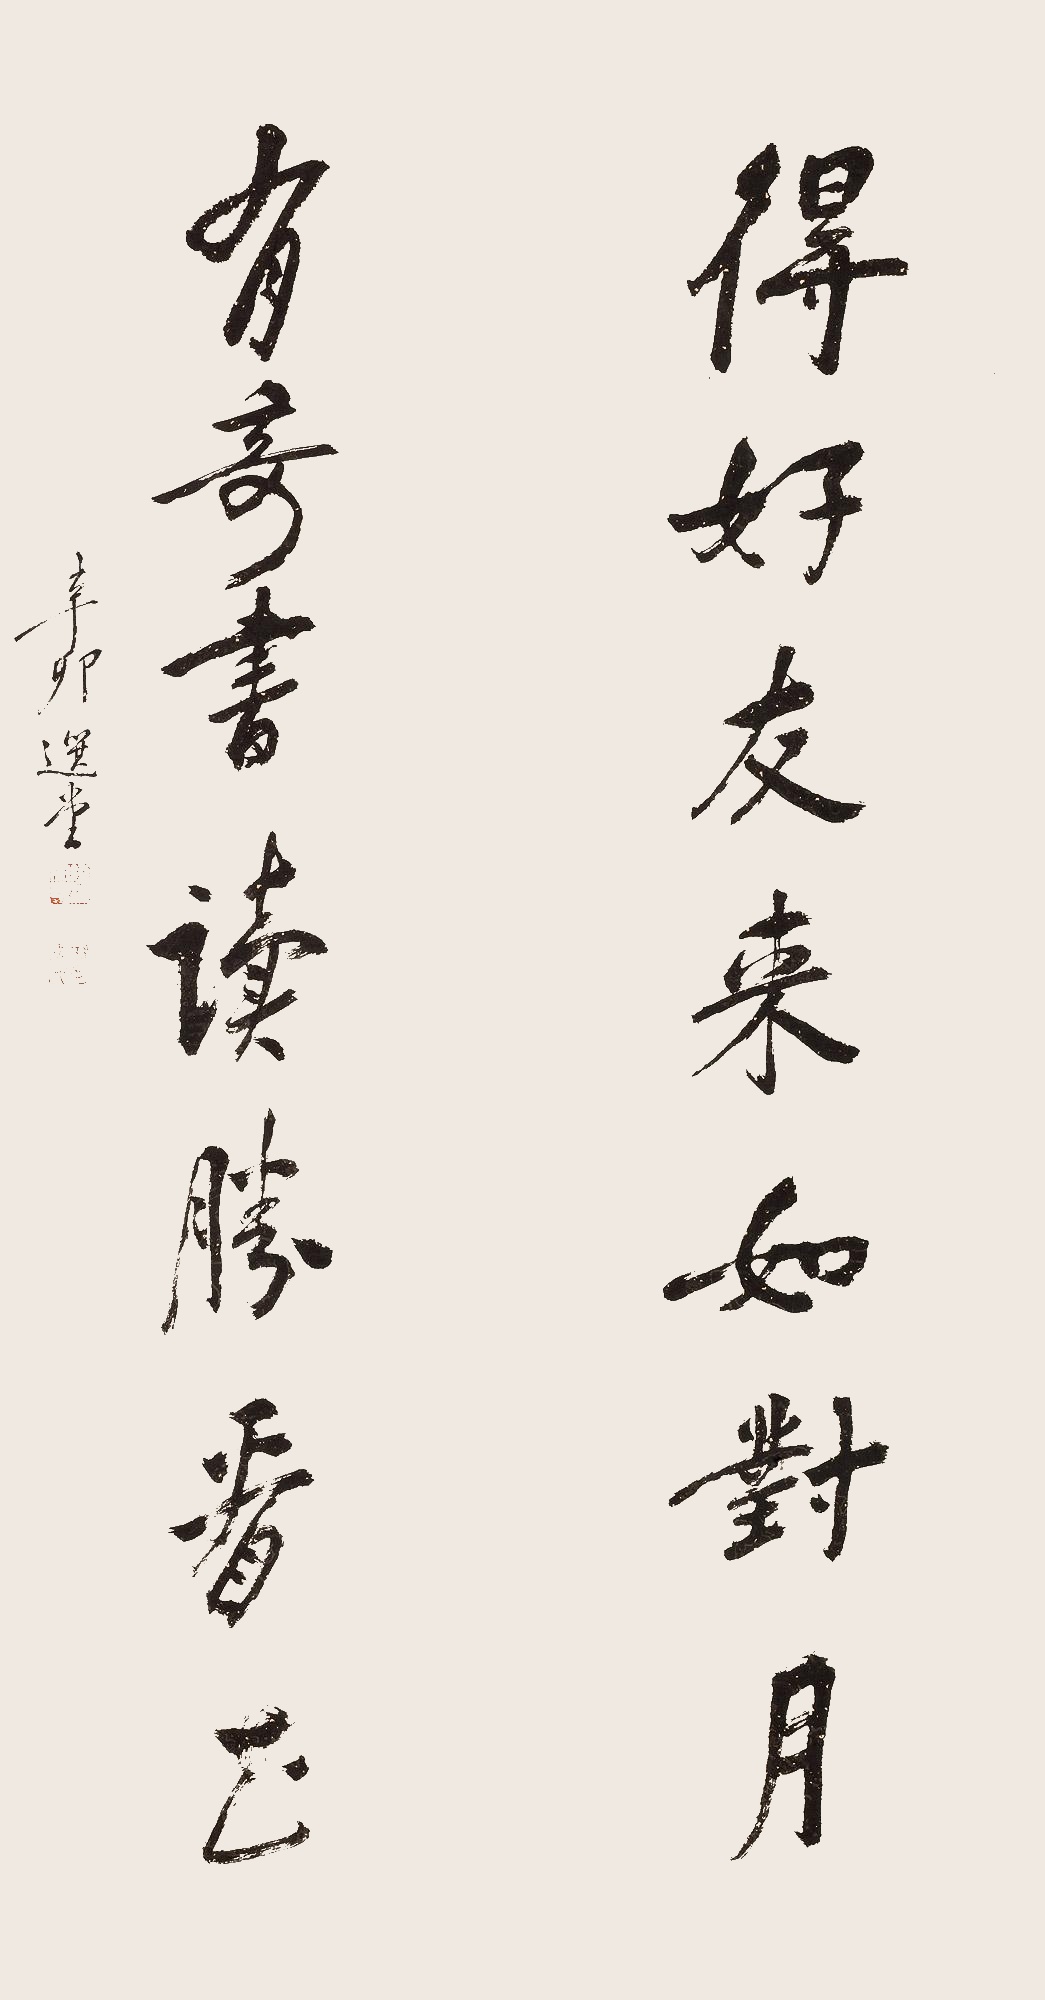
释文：得好友来如对月；有奇书读胜看花。辛卯（2011年），选堂。